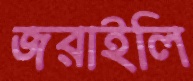
জরাইলি